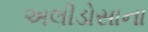
અલીડોસાના